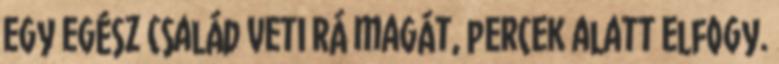
egy egész család veti rá magát, percek alatt elfogy.